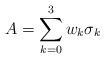
LaTeX: \begin{align*} A = \sum_{k=0}^3 w_k \sigma_k\end{align*}